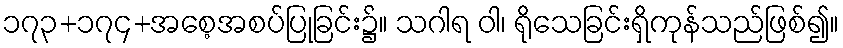
၁၇၃+၁၇၄+အစေ့အစပ်ပြုခြင်း၌။ သဂါရ ဝါ၊ ရိုသေခြင်းရှိကုန်သည်ဖြစ်၍။